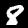
Label: 8